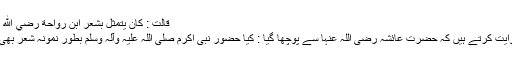
قَالَتْ : کَانَ يَتَمَثَّلُ بِشِعْرِ ابْنِ رَوَاحَةَ رضي الله عنه وَيَتَمَثَّلُ وَيَقُوْلُ :
’’حضرت شریح روایت کرتے ہیں کہ حضرت عائشہ رضی اللہ عنہا سے پوچھا گیا : کیا حضور نبی اکرم صلی اللہ علیہ وآلہ وسلم بطور نمونہ شعر بھی پڑھا کرتے تھے؟